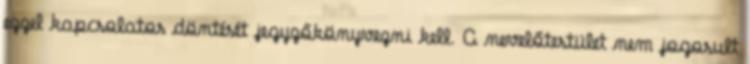
ezzel kapcsolatos döntését jegyzőkönyvezni kell. A nevelőtestület nem jogosult